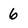
Character: 6